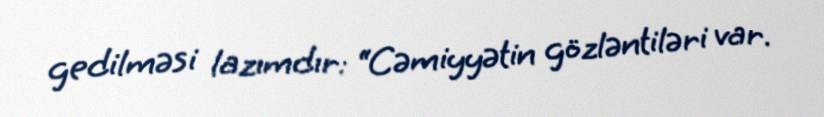
gedilməsi lazımdır: “Cəmiyyətin gözləntiləri var.